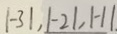
\vert - 3 \vert , \vert - 2 \vert , \vert - 1 \vert